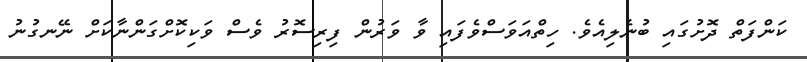
ކަންފަތް ދޮށުގައި ބުނެލިއެވެ. ހިތްއަވަސްވެފައި ވާ ވަރުން ފިރިސޮރު ވެސް ވަކިކޮށްގަންނާކަށް ނޭނގުނު